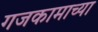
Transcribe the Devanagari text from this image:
गजकामाच्या